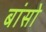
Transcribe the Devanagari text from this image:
बांसो